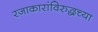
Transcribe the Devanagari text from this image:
रजाकारांविरुद्धच्या